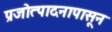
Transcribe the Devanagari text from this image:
प्रजोत्पादनापासून